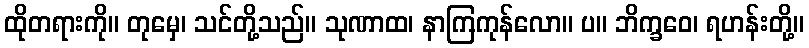
ထိုတရားကို။ တုမှေ၊ သင်တို့သည်။ သုဏာထ၊ နာကြကုန်လော။ ပ။ ဘိက္ခဝေ၊ ရဟန်းတို့။